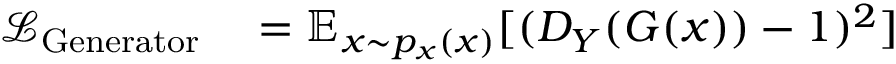
\begin{array} { r l } { \mathcal { L } _ { \mathrm { G e n e r a t o r } } } & { { } = \mathbb { E } _ { x \sim p _ { x } ( x ) } [ ( D _ { Y } ( G ( x ) ) - 1 ) ^ { 2 } ] } \end{array}